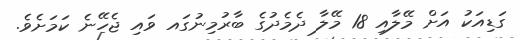
ގަޑިއަކު އަށް މޭލާއި 18 މޭލާ ދެމެދުގެ ބާރުމިނުގައ ވައި ޖެހޭނެ ކަމަށެވެ.